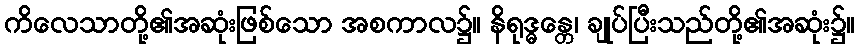
ကိလေသာတို့၏အဆုံးဖြစ်သော အစကာလ၌။ နိရုဒ္ဓန္တေ၊ ချုပ်ပြီးသည်တို့၏အဆုံး၌။